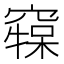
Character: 𥧷